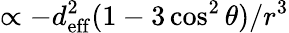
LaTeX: \propto-d_{\mathrm{eff}}^{2}(1-3\cos^{2}\theta)/r^{3}